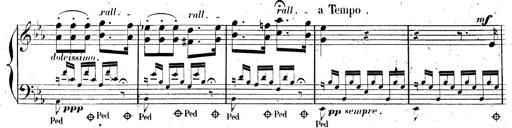
Title: AnnÃ©es de pÃ¨lerinage II, SupplÃ©ment
Composer: Franz Liszt